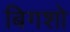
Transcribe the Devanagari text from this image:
बिगशो